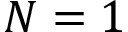
N = 1